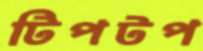
টিপটপ